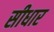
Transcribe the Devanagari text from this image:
सीधार